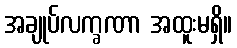
အချုပ်လက္ခဏာ အထူးမရှိ။